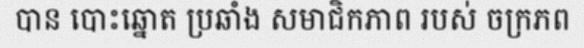
បាន បោះឆ្នោត ប្រឆាំង សមាជិកភាព របស់ ចក្រភព